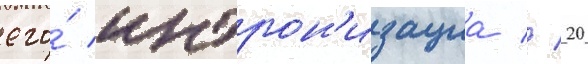
его́ интрон'изациа // 20